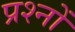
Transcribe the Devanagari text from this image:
प्रश्नोँ